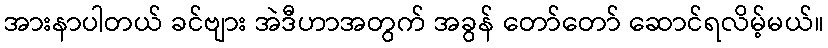
အားနာပါတယ် ခင်ဗျား အဲဒီဟာအတွက် အခွန် တော်တော် ဆောင်ရလိမ့်မယ်။